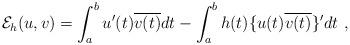
LaTeX: \begin{align*}{\cal E}_h(u,v)=\int_a^bu'(t)\overline{v(t)}dt-\int_a^bh(t)\{u(t)\overline{v(t)}\}'dt\ ,\end{align*}